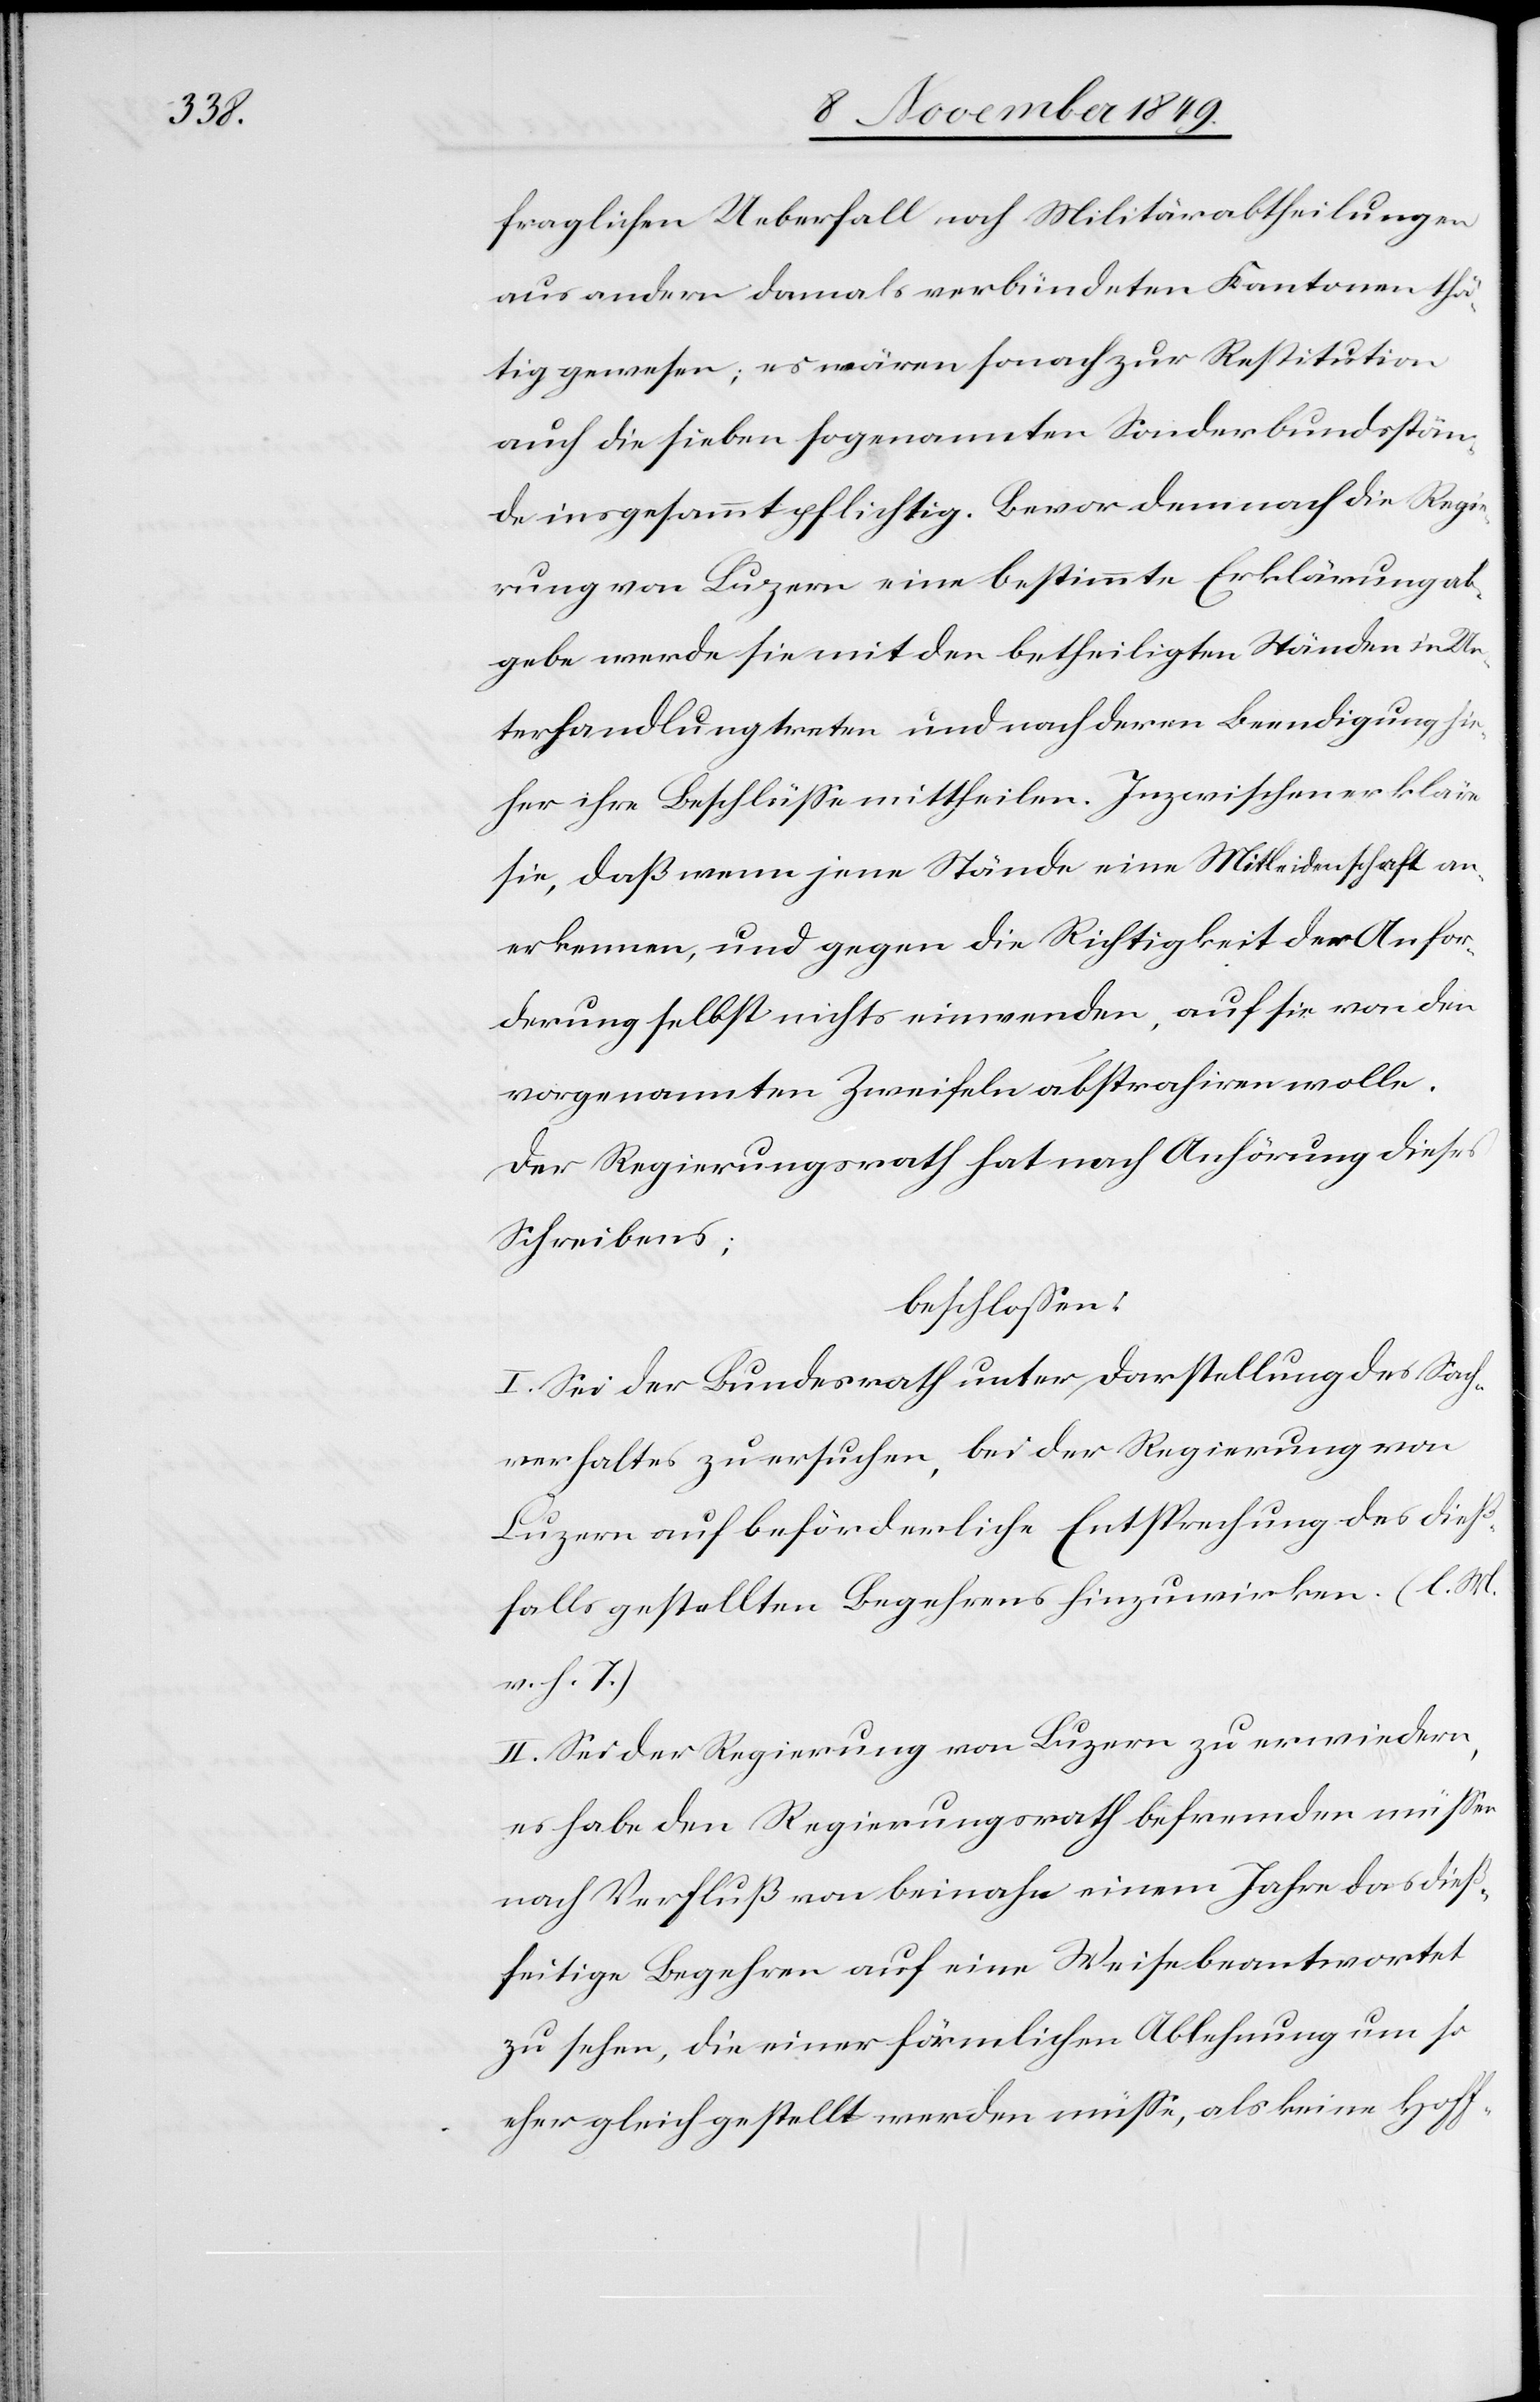
fraglichen Ueberfall noch Militärabtheilungen
aus andern damals verbündeten Kantonen thä¬
tig gewesen, es wären sonach zur Restitution
auch die sieben sogenannten Sonderbundsstän¬
de insgesammt pflichtig. Bevor demnach die Regie¬
rung von Luzern eine bestimmte Erklärung ab¬
gebe werde sie mit den betheiligten Ständen in Un¬
terhandlung treten und nach deren Beendigung hie¬
her ihre Beschlüße mittheilen. Inzwischen erkläre
sie, daß wenn jene Stände eine Mitleidenschaft an¬
erkennen, und gegen die Richtigkeit der Anfor¬
derung selbst nichts einwenden, auf sie von den
vorgenannten Zweifeln abstrahiren wolle.
Der Regierungsrath hat nach Anhörung dieses
Schreibens;
beschloßen:
I. Sei der Bundesrath unter Darstellung des Sach¬
verhaltes zu ersuchen, bei der Regierung von
Luzern auf beförderliche Entsprechung des dieß¬
falls gestellten Begehrens hinzuwirken. [l. M.
v. h. T]
II. Sei der Regierung von Luzern zu erwiedern,
es habe den Regierungsrath befremden müßen
nach Verfluß von beinahe einem Jahre das dieß¬
seitige Begehren auf eine Weise beantwortet
zu sehen, die einer förmlichen Ablehnung um so
eher gleichgestellt werden müße, als keine Hoff-